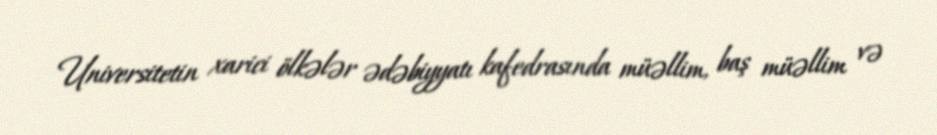
Universitetin xarici ölkələr ədəbiyyatı kafedrasında müəllim, baş müəllim və